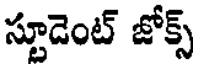
స్టూడెంట్ జోక్స్